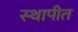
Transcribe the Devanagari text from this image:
स्‍थापीत